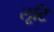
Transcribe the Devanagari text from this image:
लूटि